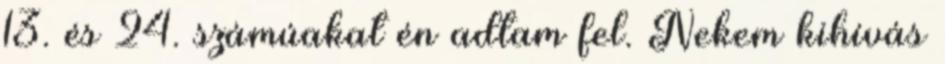
13. és 24. számúakat én adtam fel. Nekem kihívás